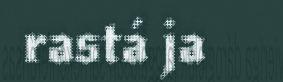
rastá ja